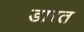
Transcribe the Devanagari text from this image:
डारत